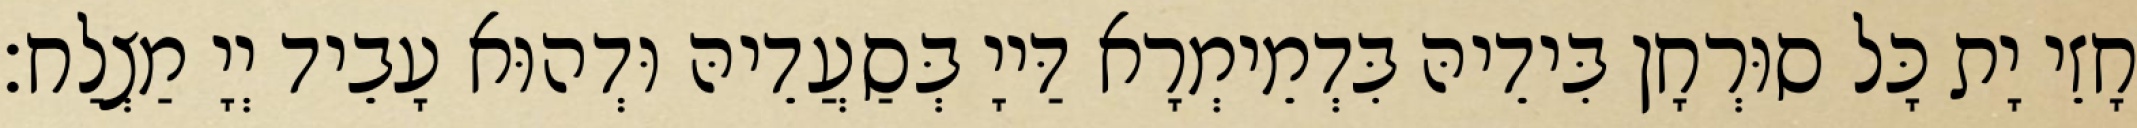
חָזֵי יָת כָּל סוּרְחָן בִּידֵיהּ בִּדְמֵימְרָא דַּייָ בְּסַעֲדֵיהּ וּדְהוּא עָבֵיד יְיָ מַצְלַח׃